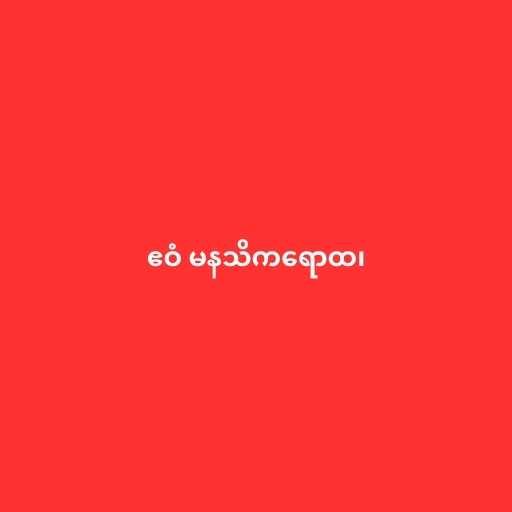
ဧဝံ မနသိကရောထ၊